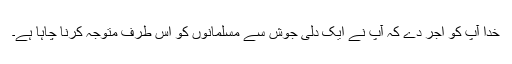
خدا آپ کو اجر دے کہ آپ نے ایک دلی جوش سے مسلمانوں کو اس طرف متوجہ کرنا چاہا ہے۔